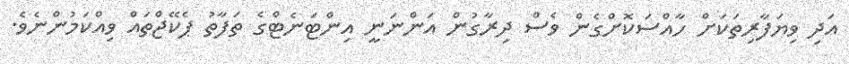
އަދި ވިޔަފާރިތަކަށް ހާއްސަކޮށްގެން ވެސް ދިރާގުން އަންނަނީ އިންޓަނެޓްގެ ތަފާތު ޕެކޭޖްތައް ވިއްކަމުންނެވެ.